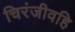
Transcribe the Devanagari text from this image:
चिरंजीवहि